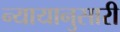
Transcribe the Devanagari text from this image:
न्यायानुसारी